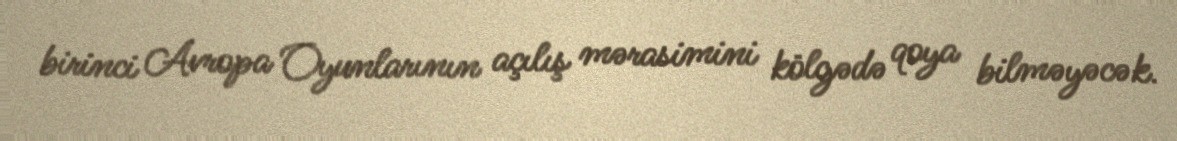
birinci Avropa Oyunlarının açılış mərasimini kölgədə qoya bilməyəcək.